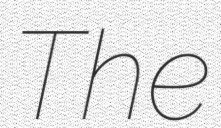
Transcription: The